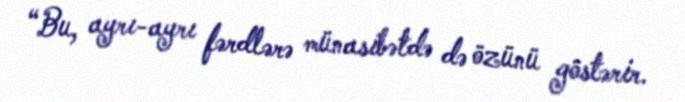
“Bu, ayrı-ayrı fərdlərə münasibətdə də özünü göstərir.